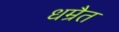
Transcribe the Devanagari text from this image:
धम्रैत